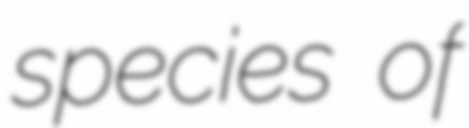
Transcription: species of